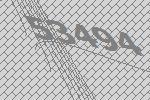
53494